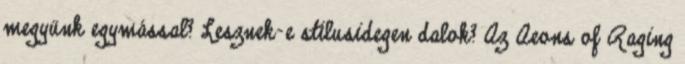
megyünk egymással? Lesznek-e stílusidegen dalok? Az Aeons of Raging